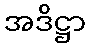
အဒိဋ္ဌာ